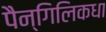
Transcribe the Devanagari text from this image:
पैन्गिलिकधा